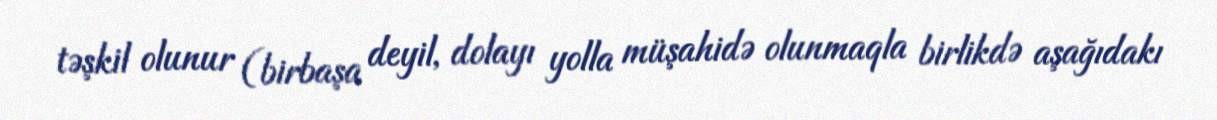
təşkil olunur (birbaşa deyil, dolayı yolla müşahidə olunmaqla birlikdə aşağıdakı